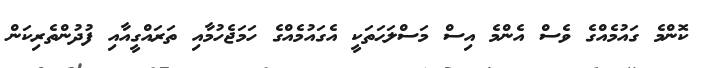
ކޮންމެ ގައުމެއްގެ ވެސް އެންމެ އިސް މަސްލަޙަތަކީ އެގައުމެއްގެ ހަމަޖެހުމާއި ތަރައްގީއާއި ފުދުންތެރިކަން